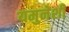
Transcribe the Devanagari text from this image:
यमुनेशी